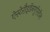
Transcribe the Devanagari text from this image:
ऐस्टेरौइडॅनगुऍरटॅल